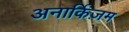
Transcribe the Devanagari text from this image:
अनार्किज़म